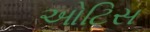
ઓટિસ